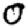
Digit: 0